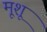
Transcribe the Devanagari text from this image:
मूशू